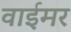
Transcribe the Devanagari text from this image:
वाईमर